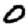
Digit: 0